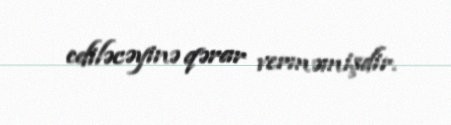
ediləcəyinə qərar verməmişdir.